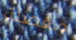
مفصلة